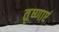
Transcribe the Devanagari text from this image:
तृष्णाएं